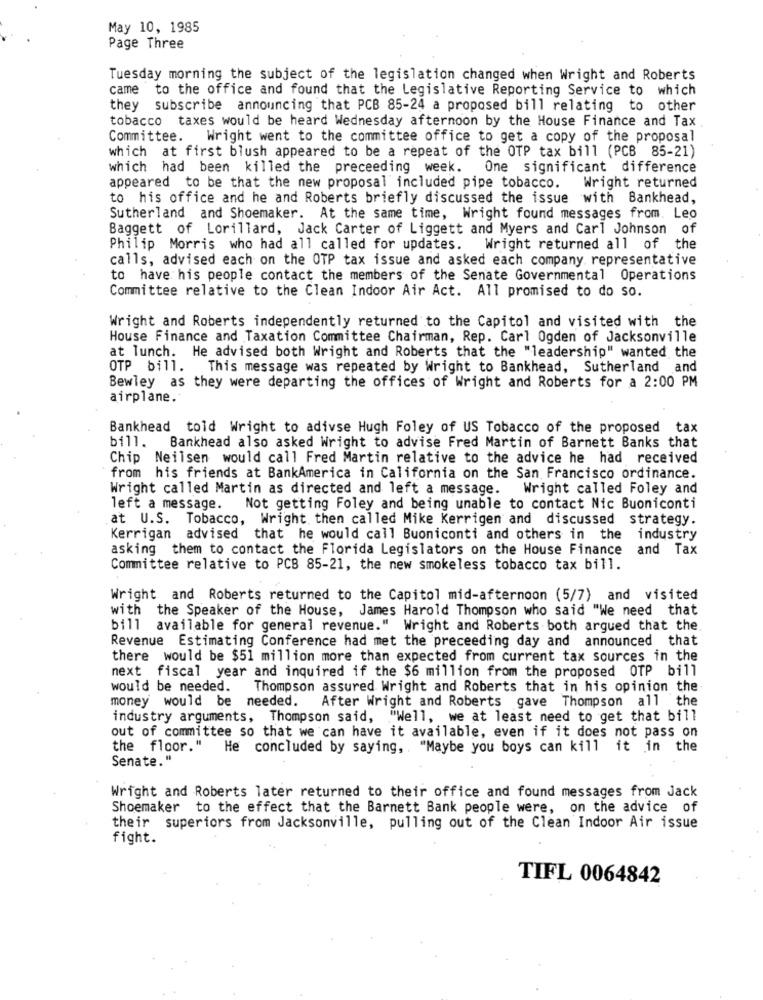
May 10, 1985
Page Three
Tuesday morning the subject of the legislation changed when Wright and Roberts
came to the office and found that the Legislative Reporting Service to which
they subscribe announcing that PCB 85-24 a proposed bill relating to other
tobacco taxes would be heard Wednesday afternoon by the House Finance and Tax
Committee.
Wright went to the committee office to get a copy of the proposal
which at first blush appeared to be a repeat of the OTP tax bill (PCB 85-21)
which had been killed the preceeding week. One significant difference
appeared to be that the new proposal included pipe tobacco.
Wright returned
to his office and he and Roberts briefly discussed the issue with Bankhead,
Sutherland and Shoemaker. At the same time, Wright found messages from. Leo
Baggett of Lorillard, Jack Carter of Liggett and Myers and Carl Johnson of
Philip Morris who had all called for updates. Wright returned all of the
calls, advised each on the OTP tax issue and asked each company representative
to have his people contact the members of the Senate Governmental Operations
Committee relative to the Clean Indoor Air Act. All promised to do so.
Wright and Roberts independently returned to the Capitol and visited with the
House Finance and Taxation Committee Chairman, Rep. Carl Ogden of Jacksonville
at lunch. He advised both Wright and Roberts that the "leadership" wanted the
OTP bill. This message was repeated by Wright to Bankhead, Sutherland and
Bewley as they were departing the offices of Wright and Roberts for a 2:00 PM
airplane.
Bankhead told Wright to adivse Hugh Foley of US Tobacco of the proposed tax
bill.
Bankhead also asked Wright to advise Fred Martin of Barnett Banks that
Chip Neilsen would call Fred Martin relative to the advice he had received
from his friends at BankAmerica in California on the San Francisco ordinance.
Wright called Martin as directed and left a message.
Wright called Foley and
left a message.
Not getting Foley and being unable to contact Nic Buoniconti
at U.S. Tobacco, Wright then called Mike Kerrigen and discussed strategy.
Kerrigan advised that he would call Buoniconti and others in the industry
asking them to contact the Florida Legislators on the House Finance
and Tax
Committee relative to PCB 85-21, the new smokeless tobacco tax bill.
Wright and Roberts returned to the Capitol mid-afternoon (5/7) and visited
with the Speaker of the House,
James Harold Thompson who said "We need that
bill available for general revenue." Wright and Roberts both argued that the.
Revenue Estimating Conference had met the preceeding day and announced that
there would be $51 million more than expected from current tax sources in the
next fiscal year and inquired if the $6 million from the proposed OTP bill
would be needed.
Thompson assured Wright and Roberts that in his opinion the
money would be needed. After Wright and Roberts gave Thompson all the
industry arguments, Thompson said, "Well, we at least need to get that bill
out of committee so that we can have it available, even if it does not pass on
the floor." He concluded by saying, . "Maybe you boys can kill it in the
Senate."
Wright and Roberts later returned to their office and found messages from Jack
Shoemaker to the effect that the Barnett Bank people were, on the advice of
their superiors from Jacksonville, pulling out of the Clean Indoor Air issue
fight.
TIFL 0064842